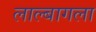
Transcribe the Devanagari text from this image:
लाल्बागला